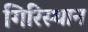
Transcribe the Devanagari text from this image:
गिरिस्थान